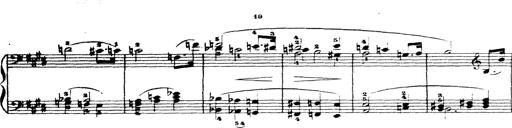
Title: Wagner-Liszt Album
Composer: Franz Liszt